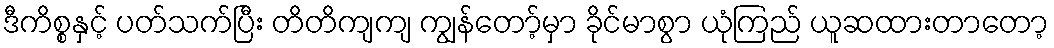
ဒီကိစ္စနှင့် ပတ်သက်ပြီး တိတိကျကျ ကျွန်တော့်မှာ ခိုင်မာစွာ ယုံကြည် ယူဆထားတာတော့